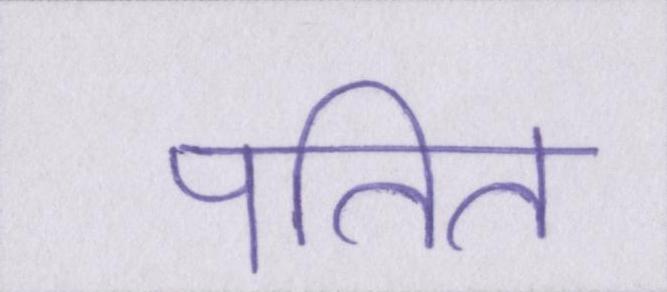
पतित